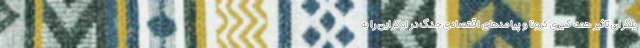
یلگران تاثیر همه گیری کرونا و پیامدهای اقتصادی جنگ در اوکراین را به